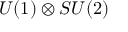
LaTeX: U ( 1 ) \otimes S U ( 2 )